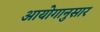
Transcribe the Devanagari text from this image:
आयोगानुसार